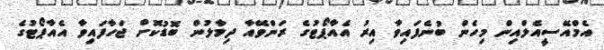
އެމްއޭސީއެލްއިން މިހެން ބުނެފައިވާ އިރު އެއާޕޯޓުގެ ރަންވޭއާ ދިމާލުން ބޮޑުކޮށް ޖަހާފައިވާ އެއާޕޯޓުގެ